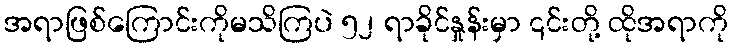
အရာဖြစ်ကြောင်းကိုမသိကြပဲ ၅၂ ရာခိုင်နှုန်းမှာ ၎င်းတို့ ထိုအရာကို